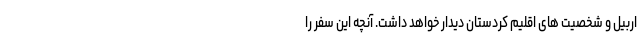
اربیل و شخصیت های اقلیم کردستان دیدار خواهد داشت. آنچه این سفر را